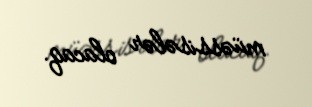
müəssisələr olacaq.